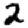
Digit: 2